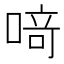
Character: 𫫀